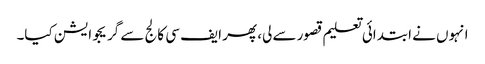
انہوں نے ابتدائی تعلیم قصور سے لی، پھر ایف سی کالج سے گریجوایشن کیا۔